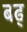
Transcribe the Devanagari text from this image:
बढ्